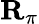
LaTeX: \mathbf{R}_{\pi}